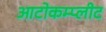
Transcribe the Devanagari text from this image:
आटोकम्प्लीट